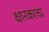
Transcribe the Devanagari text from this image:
क्षारकाचा